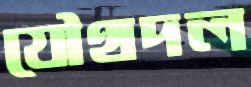
যৌথদল